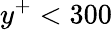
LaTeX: y^{+}<300